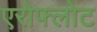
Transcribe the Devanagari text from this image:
एरोफ्लोट